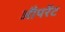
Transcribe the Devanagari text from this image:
औपरेंट